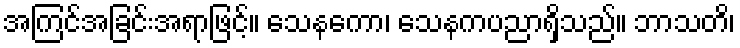
အကြင်အခြင်းအရာဖြင့်။ သေနကော၊ သေနကပညာရှိသည်။ ဘာသတိ၊